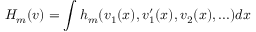
H _ { m } ( v ) = \int h _ { m } ( v _ { 1 } ( x ) , v _ { 1 } ^ { \prime } ( x ) , v _ { 2 } ( x ) , . . . ) d x